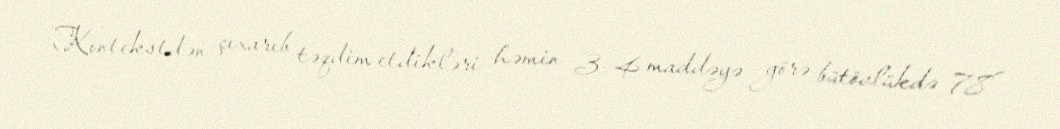
Kontekstdən çıxarıb təqdim etdikləri həmin 3-4 maddəyə görə bütövlükdə 78